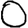
Digit: 0